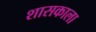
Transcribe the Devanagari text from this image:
शासकाला